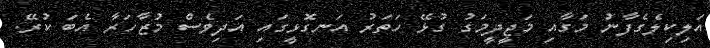
އަލިކިލެގެފާނު މަގާއި މަޖީދީމަގު ގުޅޭ ހަތަރު އަނގޮޅީގައި އަދިވެސް މުޒާހަރާ އެބަ ކުރޭ.